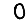
Digit: 0